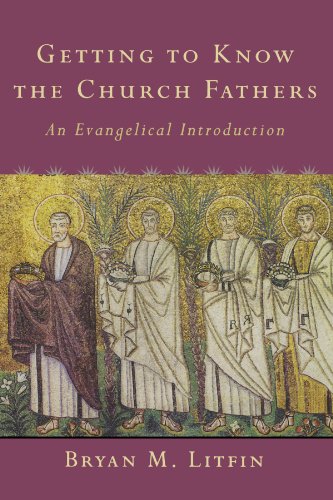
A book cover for Getting to Know the Church Fathers: An Evangelical Introduction; Bryan M. Litfin; Christian Books & Bibles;